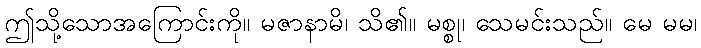
ဤသို့သောအကြောင်းကို။ မဇာနာမိ၊ သိ၏။ မစ္စု၊ သေမင်းသည်။ မေ မမ၊